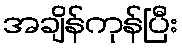
အချိန်ကုန်ပြီး